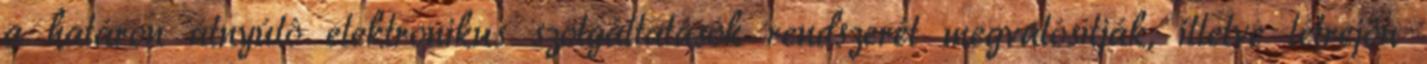
a határon átnyúló elektronikus szolgáltatások rendszerét megvalósítják, illetve létrejön